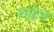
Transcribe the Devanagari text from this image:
चाहेंगें